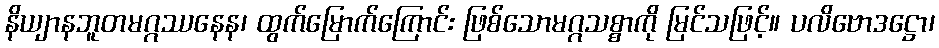
နိယျာနဘူတမဂ္ဂဿနေန၊ ထွက်မြောက်ကြောင်း ဖြစ်သောမဂ္ဂသစ္စာကို မြင်သဖြင့်။ ပလိဗောဒဋ္ဌော၊